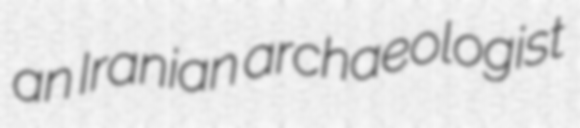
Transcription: an Iranian archaeologist